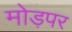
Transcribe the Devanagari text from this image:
मोड़पर